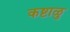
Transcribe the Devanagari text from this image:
कष्टाळु